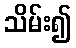
သိမ်း၍